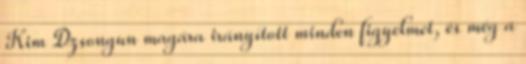
Kim Dzsongun magára irányított minden figyelmet, és még a